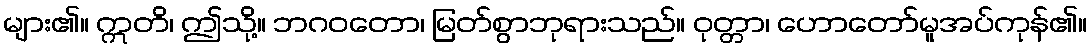
များ၏။ ဣတိ၊ ဤသို့။ ဘဂဝတော၊ မြတ်စွာဘုရားသည်။ ဝုတ္တာ၊ ဟောတော်မူအပ်ကုန်၏။